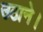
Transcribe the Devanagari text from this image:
उठाने।